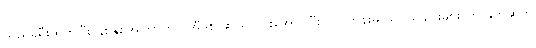
သည်ခရီးထွက်ပြီး နှစ်နှစ်အကြာတွင် အီဒစ် ဆယ်တန်းအောင်ပြီး လင်ကွန်းမှ သူငယ်ချင်းများ ကို နှုတ်ဆက်